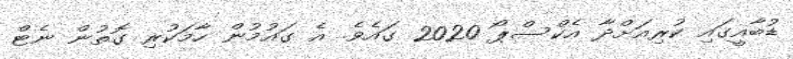
ޑުބާއީގައި ކުރިއަށްދާ އެކްސްޕޯ 2020 ގައެވެ. އެ ގައުމުން ހާމަކުރި ގޮތުން ނެޓް